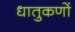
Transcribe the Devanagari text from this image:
धातुकणों